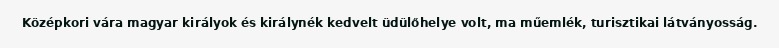
Középkori vára magyar királyok és királynék kedvelt üdülőhelye volt, ma műemlék, turisztikai látványosság.